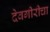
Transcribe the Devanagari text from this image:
देवगीरीचा